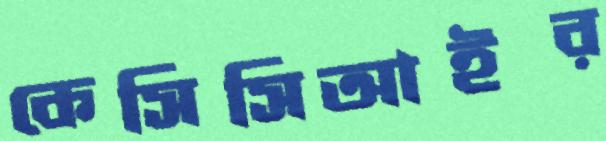
কেসিসিআইর